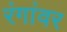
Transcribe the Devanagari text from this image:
रंगांवर